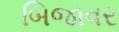
બિજાવર